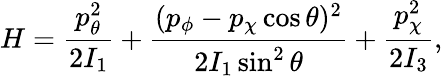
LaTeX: H={\frac{p_{\theta}^{2}}{2I_{1}}}+{\frac{(p_{\phi}-p_{\chi}\cos\theta)^{2}}{2I_{1}\sin^{2}\theta}}+{\frac{p_{\chi}^{2}}{2I_{3}}},